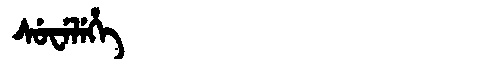
Manchu: ᠰᡠᠸᡝᠯᡝᡥᡝ
Romanization: SUWELEHE